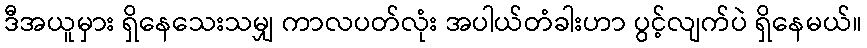
ဒီအယူမှား ရှိနေသေးသမျှ ကာလပတ်လုံး အပါယ်တံခါးဟာ ပွင့်လျက်ပဲ ရှိနေမယ်။